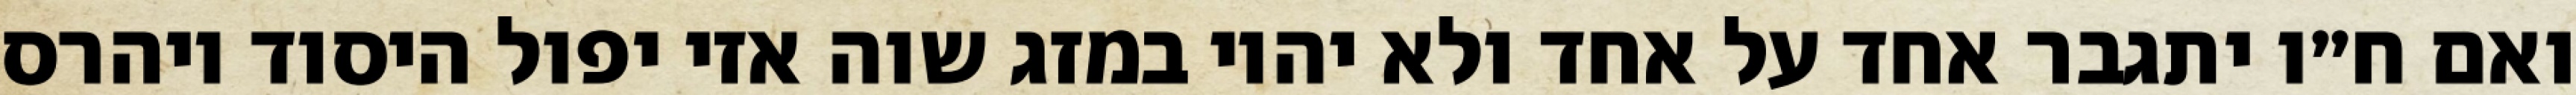
ואם ח״ו יתגבר אחד על אחד ולא יהיו במזג שוה אזי יפול היסוד ויהרס